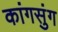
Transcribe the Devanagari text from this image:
कांगसुंग